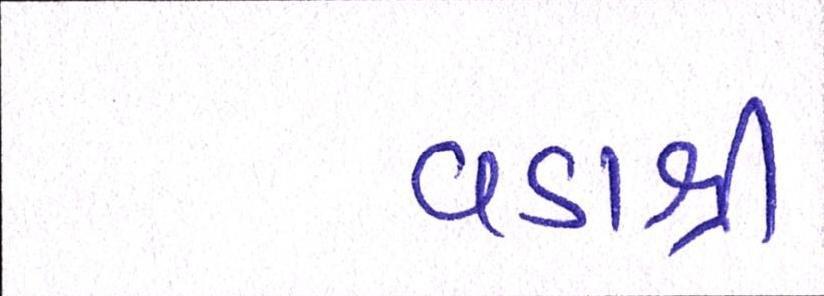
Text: વડાશ્રી